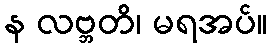
န လဗ္ဘတိ၊ မရအပ်။